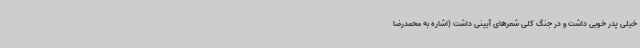
خیلی پدر خوبی داشت و در جنگ کلی شعرهای آیینی داشت (اشاره به محمدرضا